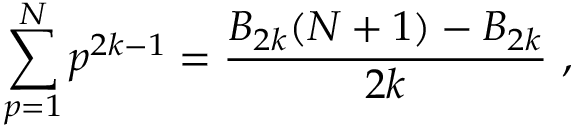
\sum _ { p = 1 } ^ { N } p ^ { 2 k - 1 } = { \frac { B _ { 2 k } ( N + 1 ) - B _ { 2 k } } { 2 k } } \ ,